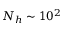
N _ { h } \sim 1 0 ^ { 2 }